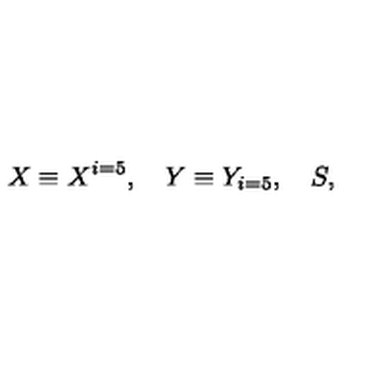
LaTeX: X \equiv X ^ { i = 5 } , \quad Y \equiv Y _ { i = 5 } , \quad S ,